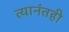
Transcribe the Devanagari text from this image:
त्यानंतही